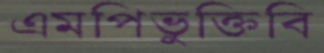
এমপিভুক্তিবি